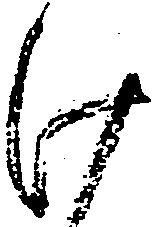
け